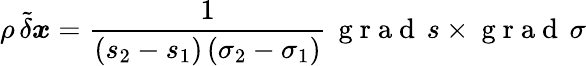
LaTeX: \rho\, \tilde{\delta}\boldsymbol{x}=\frac{1}{(s_{2}-s_{1})\, (\sigma_{2}-\sigma_{1})}\, \mathrm{~g~r~a~d~}\, s\times\mathrm{~g~r~a~d~}\, \sigma